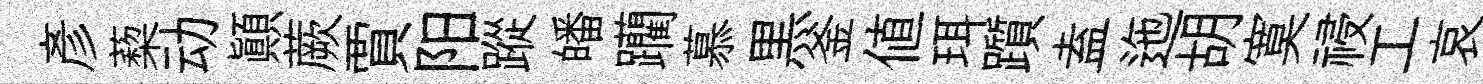
彦蔾动顛蕨賈阳蹤皤躪慕黒釜値珥躓盍迤胡寞祲工哀